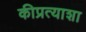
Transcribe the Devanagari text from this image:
कीप्रत्याशा